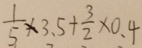
\frac { 1 } { 5 } \times 3 . 5 + \frac { 3 } { 2 } \times 0 . 4